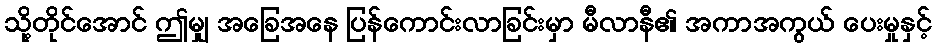
သို့တိုင်အောင် ဤမျှ အခြေအနေ ပြန်ကောင်းလာခြင်းမှာ မီလာနီ၏ အကာအကွယ် ပေးမှုနှင့်